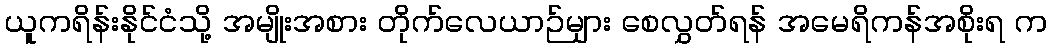
ယူကရိန်းနိုင်ငံသို့ အမျိုးအစား တိုက်လေယာဉ်များ စေလွှတ်ရန် အမေရိကန်အစိုးရ က